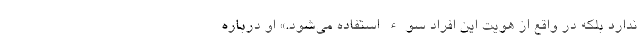
ندارد بلکه در واقع از هویت این افراد سوء استفاده می‌شود.» او درباره